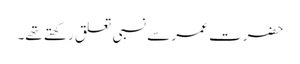
حضرت عمر سے نسبی تعلق رکھتے تھے۔